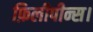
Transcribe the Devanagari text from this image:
फ़िलीपीन्स।